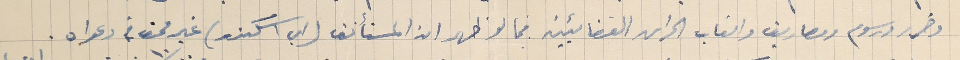
وضرر ورسوم ومصاريف واتعاب الحراس القضائيين فيما لو ظهر ان المستأنف (اي اسَكندر) غير محق فى دعواه.